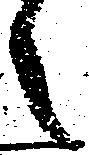
之